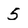
Character: 5